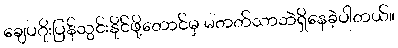
ချေပဂိုးပြန်သွင်းနိုင်ဖို့တောင်မှ မတတ်သာဘဲရှိနေခဲ့ပါတယ်။